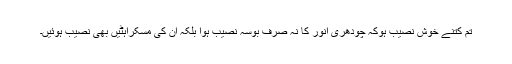
تم کتنے خوش نصیب ہوکہ چودھری انور کا نہ صرف بوسہ نصیب ہوا بلکہ ان کی مسکراہٹیں بھی نصیب ہوئیں۔